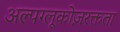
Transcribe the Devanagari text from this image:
अल्पग्लूकोज़रक्तता